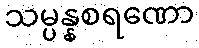
သမ္ပန္နစရဏော